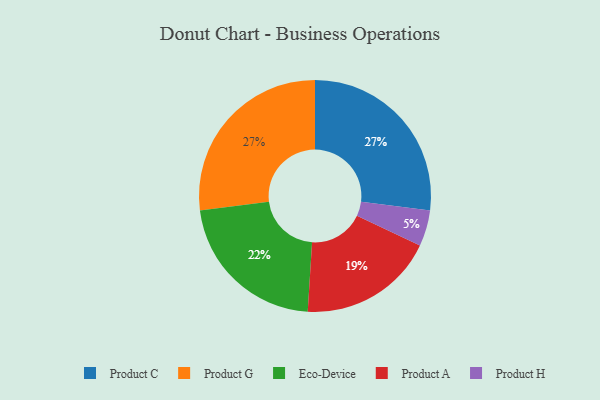
{"axis": {"x": "Category", "y": "Percentage"}, "legend": ["Eco-Device", "Product A", "Product C", "Product G", "Product H"], "data": [{"x": "Product C", "y": 27, "type": "Product C"}, {"x": "Product H", "y": 5, "type": "Product H"}, {"x": "Product G", "y": 27, "type": "Product G"}, {"x": "Product A", "y": 19, "type": "Product A"}, {"x": "Eco-Device", "y": 22, "type": "Eco-Device"}]}